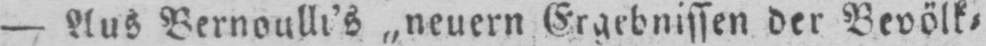
- Aus Bernoulli’s „neuern Ergebnissen der Bevölk⸗